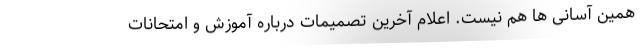
همین آسانی ها هم نیست. اعلام آخرین تصمیمات درباره آموزش و امتحانات